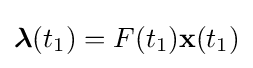
{\boldsymbol {\lambda }}(t_{1})=F(t_{1})\mathbf {x} (t_{1})